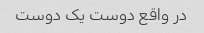
در واقع دوست یک دوست